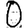
Digit: 0